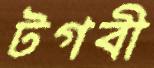
টগবী